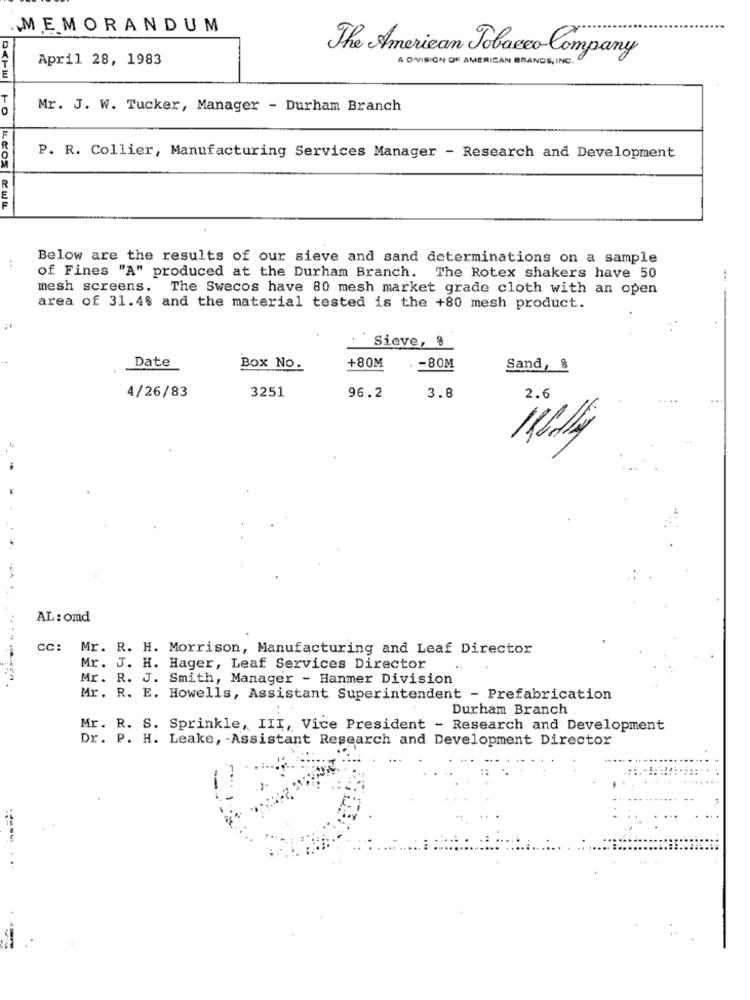
MEMORANDUM
D
April 28, 1983
The American Tobacco Company
A OVISION OF AMERICAN GRANDE, INC.
T
0
Mr. J. W. Tucker, Manager - Durham Branch
P. R. Collier, Manufacturing Services Manager - Research and Development
:
Below are the results of our sieve and sand determinations on a sample
of Fines "A" produced at the Durham Branch. The Rotex shakers have 50
-
mesh screens. The Swecos have 80 mesh market grade cloth with an open
area of 31.4% and the material tested is the +80 mesh product.
Sieve, %
Date
Box No.
+80M
.- 80M
Sand, &
4/26/83
3251
96.2
3.8
2.6
AL: omd
cc: Mr. R. H. Morrison, Manufacturing and Leaf Director
Mr. J. H. Hager, Leaf Services Director
Mr. R. J. Smith, Manager - Hanmer Division
Mr. R. E. Howells, Assistant Superintendent - Prefabrication
Durham Branch
Mr. R. S. Sprinkle, III, Vice President - Research and Development
Dr. P. H. Leake, - Assistant Research and Development Director